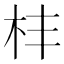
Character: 㭋